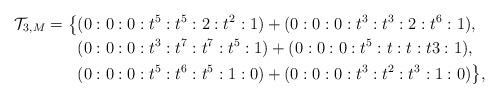
LaTeX: \begin{align*}\mathcal{T}_{3,M} = \big\lbrace & (0 : 0 : 0 : t^5 : t^5 : 2 : t^2 : 1) + (0 : 0 : 0 : t^3 : t^3 : 2 : t^6 : 1), \\ & (0 : 0 : 0 : t^3 : t^7 : t^7 : t^5 : 1) + (0 : 0 : 0 : t^5 : t : t : t3 : 1), \\ & (0 : 0 : 0 : t^5 : t^6 : t^5 : 1 : 0) + (0 : 0 : 0 : t^3 : t^2 : t^3 : 1 : 0) \big\rbrace, \end{align*}